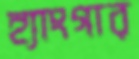
হ্যাংগার